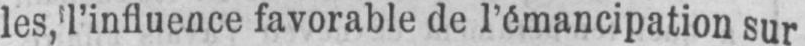
les,l’influence favorable de l’émancipation sur